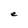
Character: e